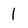
Character: 1